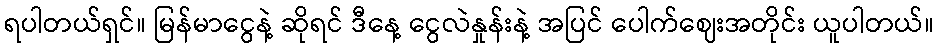
ရပါတယ်ရှင်။ မြန်မာငွေနဲ့ ဆိုရင် ဒီနေ့ ငွေလဲနှုန်းနဲ့ အပြင် ပေါက်ဈေးအတိုင်း ယူပါတယ်။